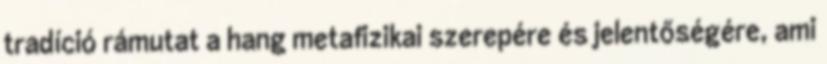
tradíció rámutat a hang metafizikai szerepére és jelentőségére, ami